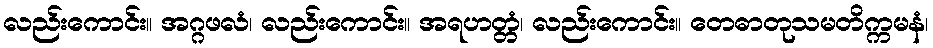
လည်းကောင်း။ အဂ္ဂဖလံ၊ လည်းကောင်း။ အရဟတ္တံ၊ လည်းကောင်း။ တေဓာတုသမတိက္ကမနံ၊